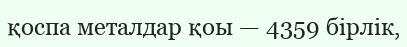
қоспа металдар қоы — 4359 бірлік,